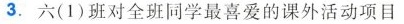
3.六(1)班对全班同学最喜爱的课外活动项目